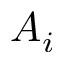
A _ { i }